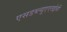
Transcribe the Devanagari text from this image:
एसडब्ल्यूएएलईसी